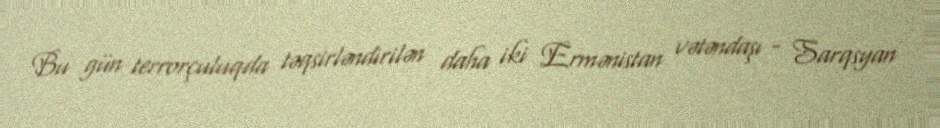
Bu gün terrorçuluqda təqsirləndirilən daha iki Ermənistan vətəndaşı - Sarqsyan